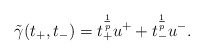
\begin{align*} \Tilde{\gamma} (t_+, t_-) = t_+^\frac{1}{p} u^+ + t_-^\frac{1}{p} u^-.\end{align*}